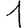
Digit: 1